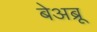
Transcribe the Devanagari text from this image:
बेअब्रू